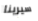
سيرينا